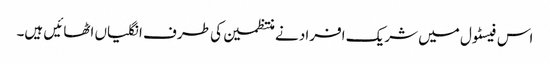
اس فیسٹول میں شریک افراد نے منتظمین کی طرف انگلیاں اٹھائیں ہیں۔